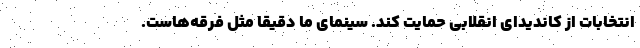
انتخابات از کاندیدای انقلابی حمایت کند. سینمای ما دقیقا مثل فرقه‌هاست.